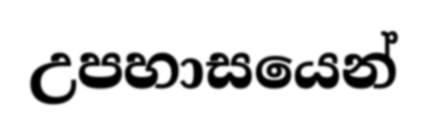
උපහාසයෙන්